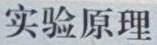
实验原理